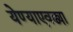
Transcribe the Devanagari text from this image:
येण्याएवढ्या